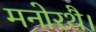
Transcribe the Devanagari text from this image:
मनोरथै।